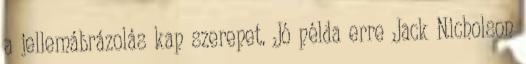
a jellemábrázolás kap szerepet. Jó példa erre Jack Nicholson